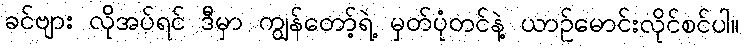
ခင်ဗျား လိုအပ်ရင် ဒီမှာ ကျွန်တော့်ရဲ့ မှတ်ပုံတင်နဲ့ ယာဉ်မောင်းလိုင်စင်ပါ။